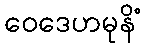
ဝေဒေဟမုနိံ